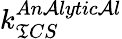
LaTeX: k_{\mathfrak{T}CS}^{An\mathcal{A}lytic\mathcal{A}l}